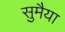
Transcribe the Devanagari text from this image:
सुमैया